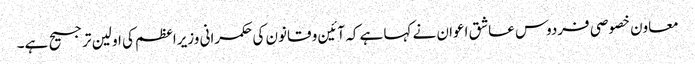
معاون خصوصی فردوس عاشق اعوان نے کہا ہے کہ آئین و قانون کی حکمرانی وزیراعظم کی اولین ترجیح ہے۔